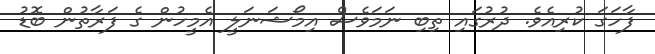
ފާހަގަ ކުރިއެވެ. ދުރުގައި ތިބި ނަމަވެސް އިމޯޝަނަލީ އެމީހުން ގެ ފަރާތުން ބޮޑު